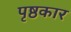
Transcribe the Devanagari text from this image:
पृष्ठकार